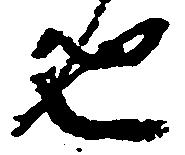
也